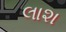
લાશ